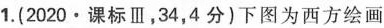
1.(2020·课标Ⅲ，34，4分)下图为西方绘画